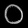
Digit: ၀